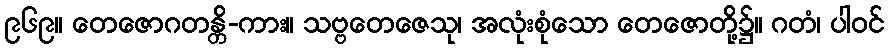
၉၆၉။ တေဇောဂတန္တိ-ကား။ သဗ္ဗတေဇေသု၊ အလုံးစုံသော တေဇောတို့၌။ ဂတံ၊ ပါဝင်